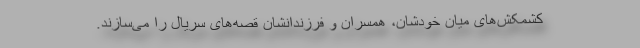
کشمکش‌های میان خودشان، همسران و فرزندانشان قصه‌های سریال را می‌سازند.